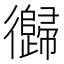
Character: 𱝺